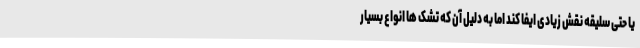
یا حتی سلیقه نقش زیادی ایفا کند اما به دلیل آن که تشک ها انواع بسیار